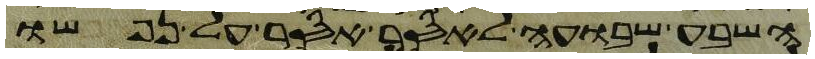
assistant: השבע שבועה לאסר אסר על נפשו